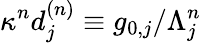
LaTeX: \kappa^{n}d_{j}^{(n)}\equiv g_{0,j}/\Lambda_{j}^{n}